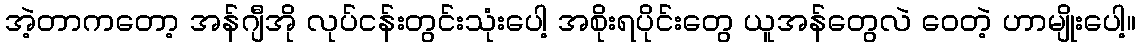
အဲ့တာကတော့ အန်ဂျီအို လုပ်ငန်းတွင်းသုံးပေါ့ အစိုးရပိုင်းတွေ ယူအန်တွေလဲ ဝေတဲ့ ဟာမျိုးပေါ့။